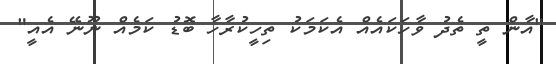
"އާން ތީ ތެދު ވާހަކައެއް އެކަމަކު ތިހީކުރާހާ ބޮޑު ކަމެއް ނޫނޭ އެއީ"